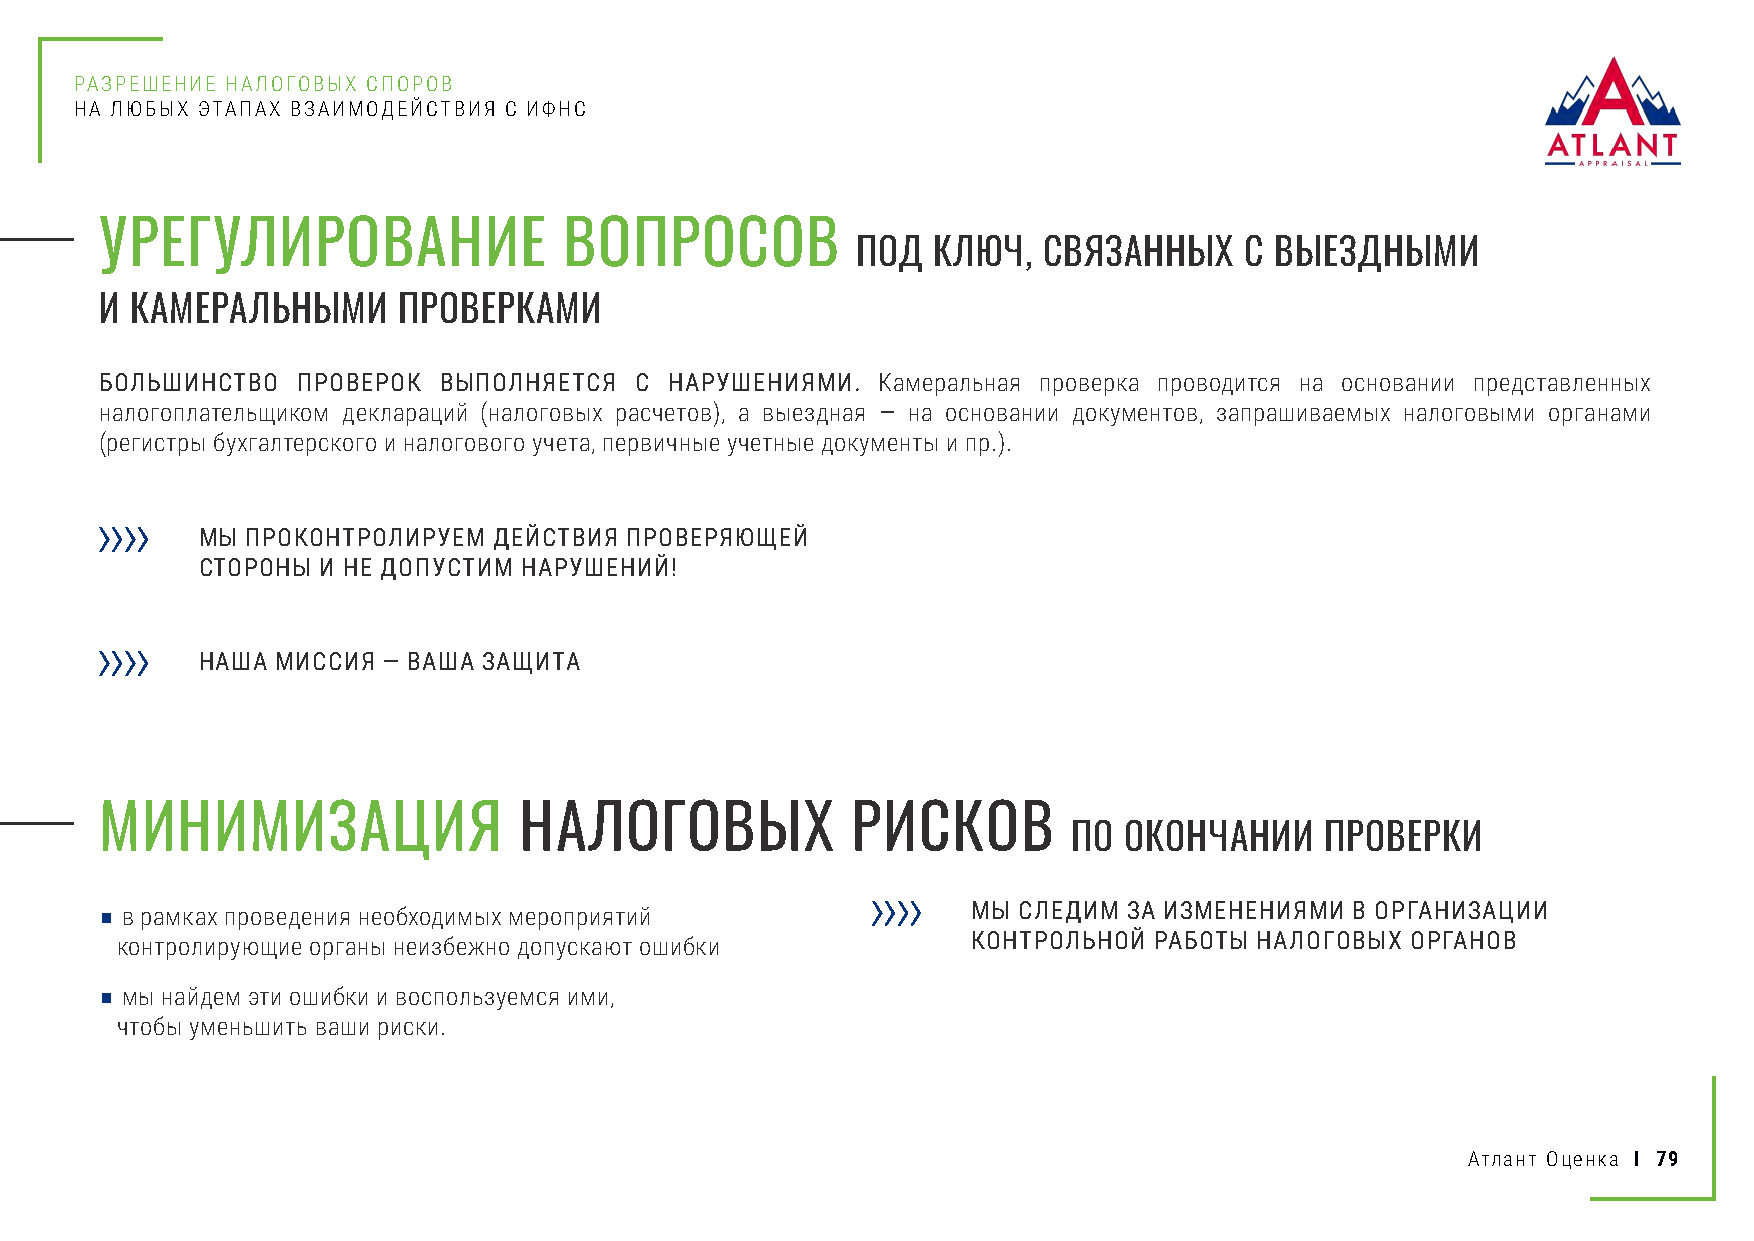
РАЗРЕШЕНИЕ НАЛОГОВЫХ СПОРОВ
 НА ЛЮБЫХ ЭТАПАХ ВЗАИМОДЕЙСТВИЯ С ИФНС
 УРЕГУЛИРОВАНИЕ                ВОПРОСОВ
 ПОД  КЛЮЧ,  СВЯЗАННЫХ    С ВЫЕЗДНЫМИ
 И КАМЕРАЛЬНЫМИ     ПРОВЕРКАМИ
 БОЛЬШИНСТВО  ПРОВЕРОК ВЫПОЛНЯЕТСЯ  С НАРУШЕНИЯМИ.  Камеральная проверка проводится на основании представленных
 налогоплательщиком деклараций (налоговых расчетов), а выездная — на основании документов, запрашиваемых налоговыми органами
 (регистры бухгалтерского и налогового учета, первичные учетные документы и пр.).
 МЫ ПРОКОНТРОЛИРУЕМ  ДЕЙСТВИЯ ПРОВЕРЯЮЩЕЙ
 СТОРОНЫ И НЕ ДОПУСТИМ НАРУШЕНИЙ!
 НАША МИССИЯ — ВАША ЗАЩИТА
 МИНИМИЗАЦИЯ                НАЛОГОВЫХ             РИСКОВ
 ПО ОКОНЧАНИИ     ПРОВЕРКИ
 ■ в рамках проведения необходимых мероприятий            МЫ СЛЕДИМ  ЗА ИЗМЕНЕНИЯМИ В ОРГАНИЗАЦИИ
 контролирующие органы неизбежно допускают ошибки        КОНТРОЛЬНОЙ РАБОТЫ НАЛОГОВЫХ ОРГАНОВ
 ■ мы найдем эти ошибки и воспользуемся ими,
 чтобы уменьшить ваши риски.
 Атлант Оценка I 79